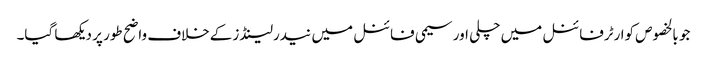
جو بالخصوص کوارٹرفائنل میں چلی اور سیمی فائنل میں نیدرلینڈز کےخلاف واضح طور پر دیکھا گیا۔